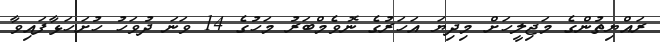
ރައްޔިތުންގެ މަޖިލީހަށް މިދިޔަ އަހަރުގެ ނޮވެމްބަރު މަހުގެ 14 ވަނަ ދުވަހު ހުށަހަޅާފައިވާ